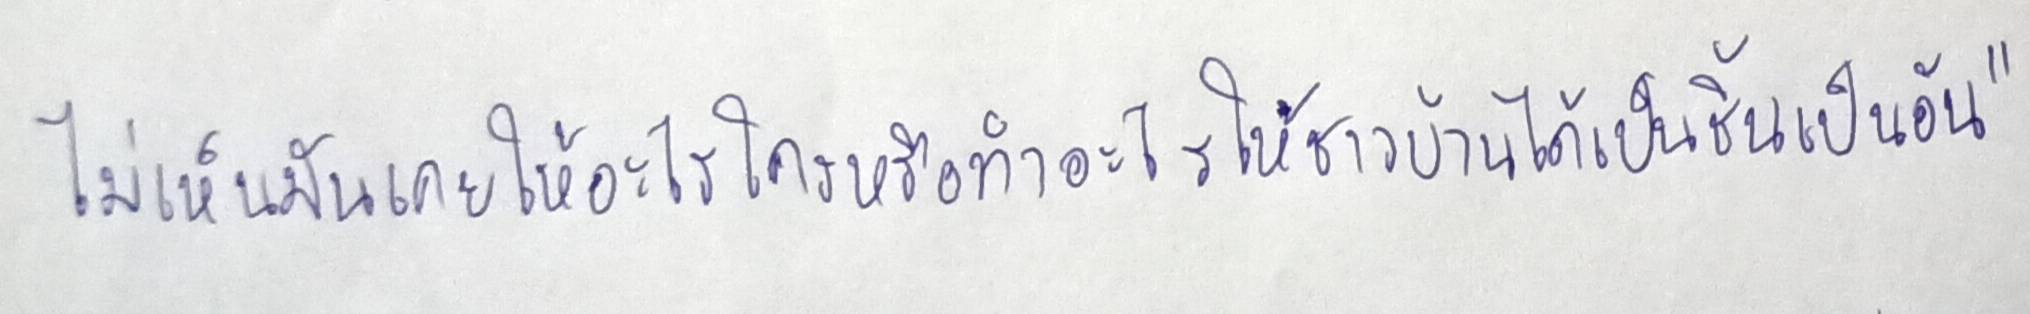
ไม่เห็นมันเคยให้อะไรใครหรือทำอะไรให้ชาวบ้านได้เป็นชิ้นเป็นอัน"